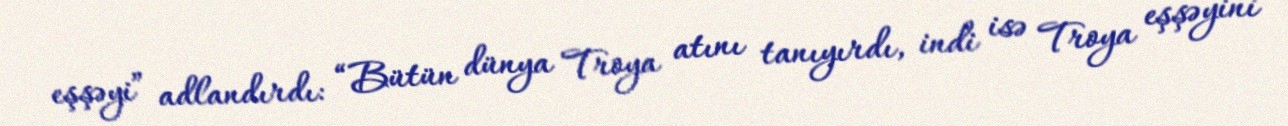
eşşəyi” adlandırdı: “Bütün dünya Troya atını tanıyırdı, indi isə Troya eşşəyini